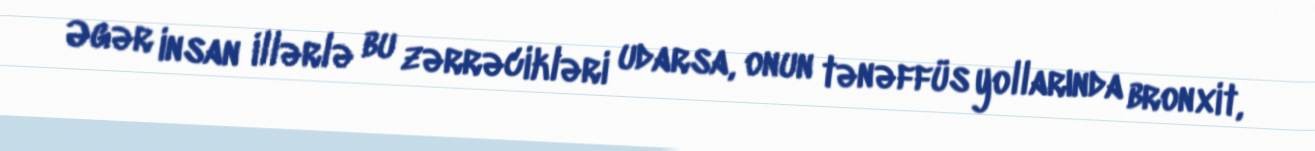
Əgər insan illərlə bu zərrəcikləri udarsa, onun tənəffüs yollarında bronxit,